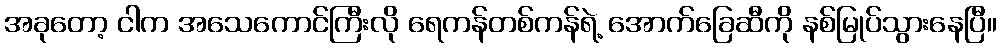
အခုတော့ ငါက အသေကောင်ကြီးလို ရေကန်တစ်ကန်ရဲ့ အောက်ခြေဆီကို နစ်မြုပ်သွားနေပြီ။